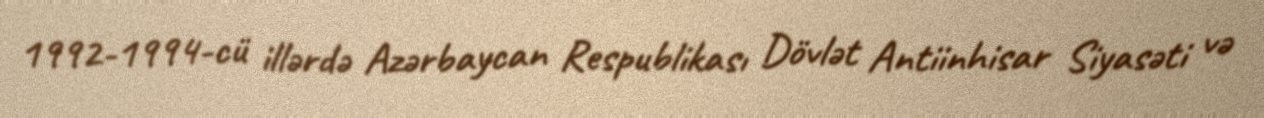
1992-1994-cü illərdə Azərbaycan Respublikası Dövlət Antiinhisar Siyasəti və